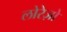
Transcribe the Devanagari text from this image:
लोरेज़ो